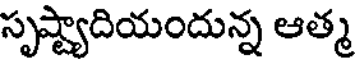
సృష్ట్యాదియందున్న ఆత్మ